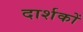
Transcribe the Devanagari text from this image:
दार्शकों